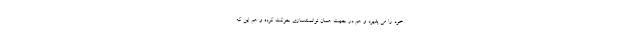
خود را می پذیرد و هم در جهت همان توانمندسازی حرکت کرده و هم این که